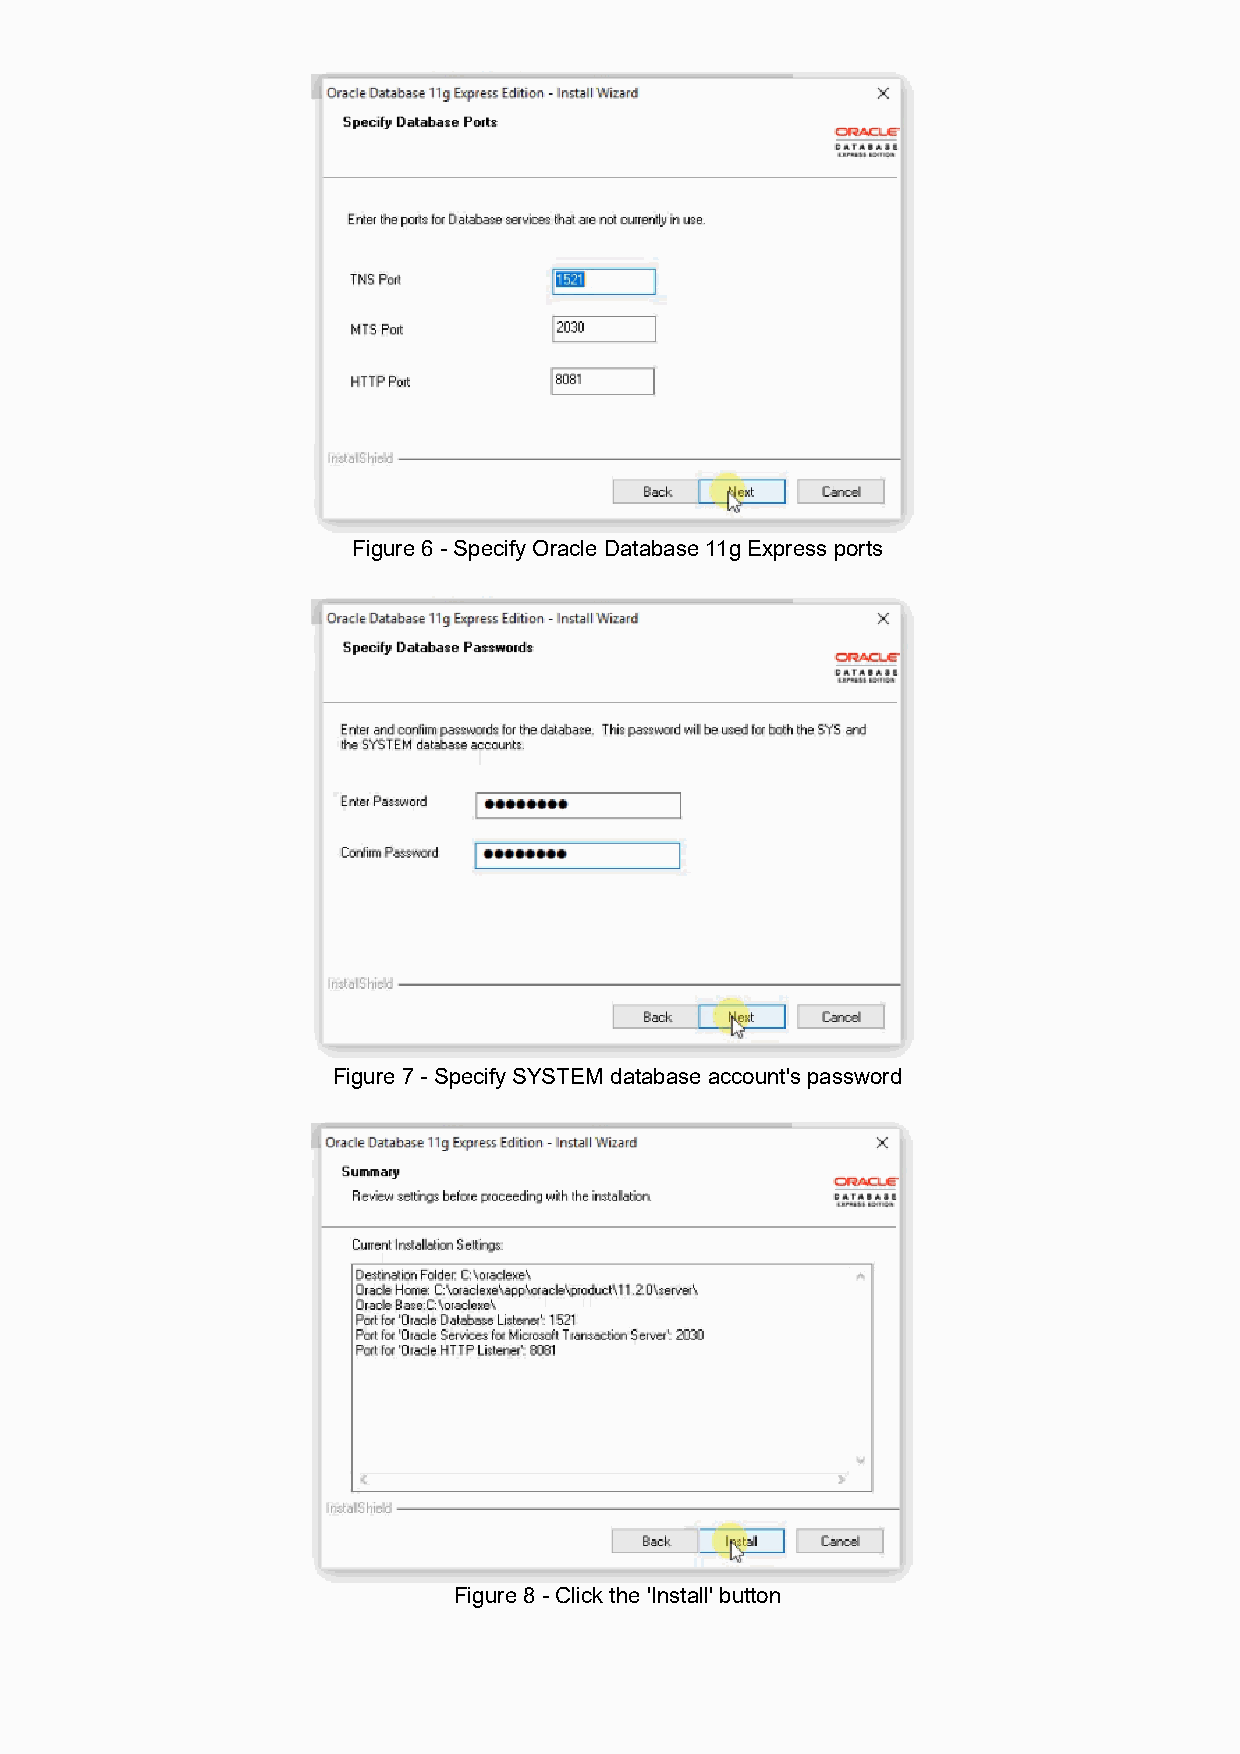
Figure 6 - Specify Oracle Database 11g Express ports
 Figure 7 - Specify SYSTEM database account's password
 Figure 8 - Click the 'Install' button